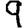
Digit: 9